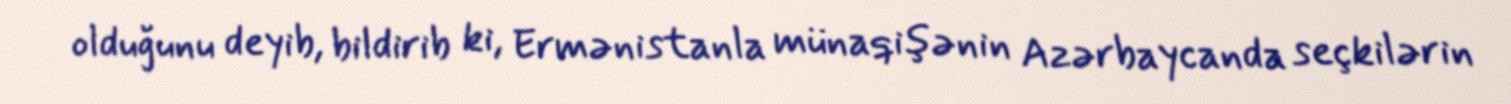
olduğunu deyib, bildirib ki, Ermənistanla münaqişənin Azərbaycanda seçkilərin